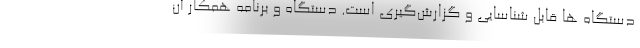
دستگاه ها قابل شناسایی و گزارش‌گیری است. دستگاه و برنامه همکار آن